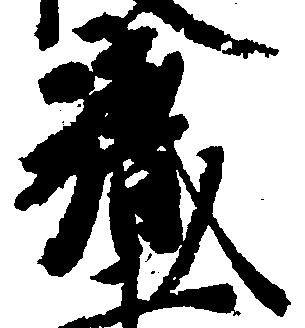
職